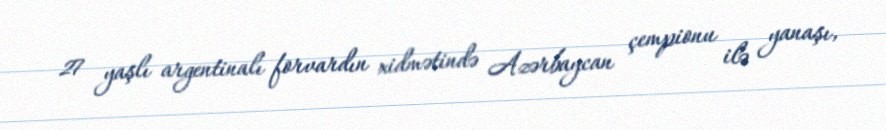
27 yaşlı argentinalı forvardın xidmətində Azərbaycan çempionu ilə yanaşı,